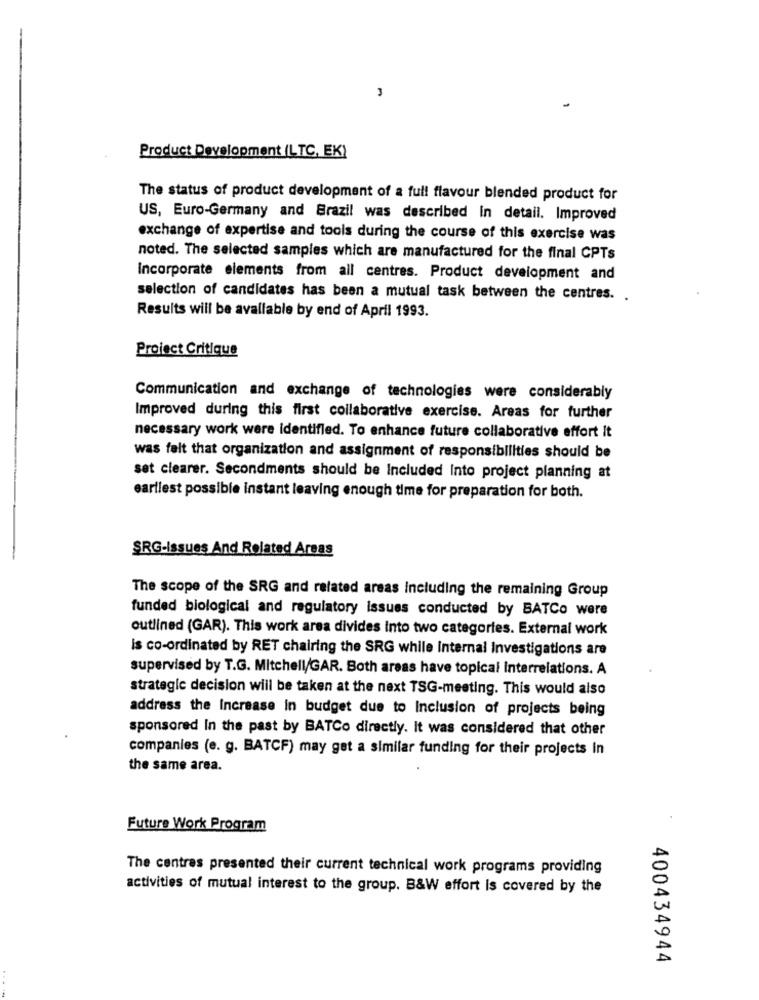
3
Product Development (LTC, EK)
The status of product development of a full flavour blended product for
US, Euro-Germany and Brazil was described in detail. Improved
exchange of expertise and tools during the course of this exercise was
noted. The selected samples which are manufactured for the final CPTs
Incorporate elements from all centres. Product development and
selection of candidates has been a mutual task between the centres. .
Results will be available by end of April 1993.
Project Critique
Communication and exchange of technologies were considerably
Improved during this first collaborative exercise. Areas for further
necessary work were identified. To enhance future collaborative effort it
was felt that organization and assignment of responsibilities should be
set clearer. Secondments should be Included Into project planning at
earilest possible instant leaving enough time for preparation for both.
SRG-Issues And Related Areas
The scope of the SRG and related areas Including the remaining Group
funded biological and regulatory issues conducted by BATCo were
outlined (GAR). This work area divides Into two categories. External work
Is co-ordinated by RET chairing the SRG while internal Investigations are
supervised by T.G. Mitchell/GAR. Both areas have topical Interrelations. A
strategie decision will be taken at the next TSG-meeting. This would also
address the Increase In budget due to Inclusion of projects being
sponsored In the past by BATCo directly. It was considered that other
companies (e. g. BATCF) may get a similar funding for their projects In
the same area.
Future Work Program
The centres presented their current technical work programs providing
activities of mutual interest to the group. B&W effort is covered by the
400434944